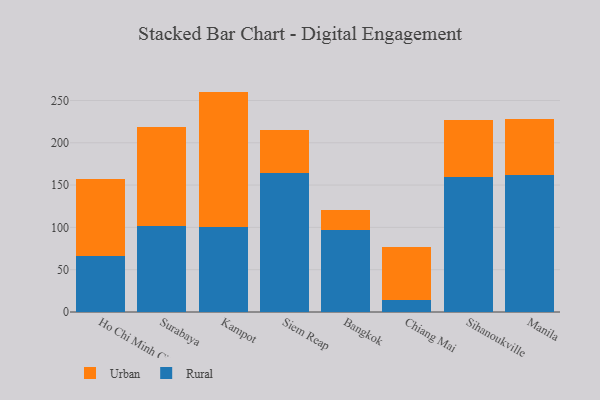
{"axis": {"x": "City", "y": "Page Views"}, "legend": ["Rural", "Urban"], "data": [{"x": "Ho Chi Minh City", "y": 66.7, "type": "Rural"}, {"x": "Ho Chi Minh City", "y": 90.2, "type": "Urban"}, {"x": "Surabaya", "y": 102.0, "type": "Rural"}, {"x": "Surabaya", "y": 117.0, "type": "Urban"}, {"x": "Kampot", "y": 100.7, "type": "Rural"}, {"x": "Kampot", "y": 159.8, "type": "Urban"}, {"x": "Siem Reap", "y": 164.0, "type": "Rural"}, {"x": "Siem Reap", "y": 51.5, "type": "Urban"}, {"x": "Bangkok", "y": 96.8, "type": "Rural"}, {"x": "Bangkok", "y": 24.3, "type": "Urban"}, {"x": "Chiang Mai", "y": 13.6, "type": "Rural"}, {"x": "Chiang Mai", "y": 63.3, "type": "Urban"}, {"x": "Sihanoukville", "y": 159.9, "type": "Rural"}, {"x": "Sihanoukville", "y": 67.0, "type": "Urban"}, {"x": "Manila", "y": 162.4, "type": "Rural"}, {"x": "Manila", "y": 65.5, "type": "Urban"}]}